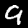
Label: 9